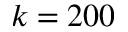
k = 2 0 0